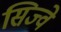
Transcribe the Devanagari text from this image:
सिज्वे